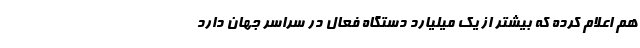
هم اعلام کرده که بیشتر از یک میلیارد دستگاه فعال در سراسر جهان دارد